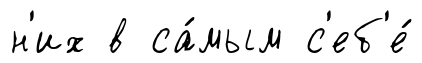
н'их в са́мым с'еб'е́